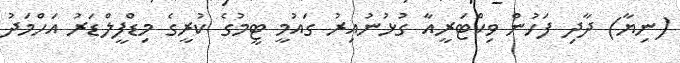
(ނިޔާ) ދާދި ފަހުން ވިކްޓަރީއާ ގުޅުނުއިރު ގައުމީ ޓީމުގެ ކުރީގެ މިޑްފީލްޑަރު އަހްމަދު